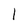
Character: 1